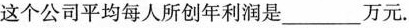
这个公司平均每人所创年利润是___万元.